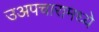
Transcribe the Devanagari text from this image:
उअपचारामध्ये